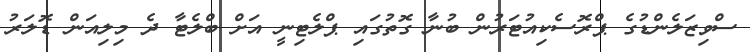
ސްވިޒަލެންޑުގެ ޕްރޮސެކިއުޓަރުން ބުނާ ގޮތުގައި ޕްލެޓިނީ އަށް ބްލެޓާ ދެ މިލިއަން ޑޮލަރު